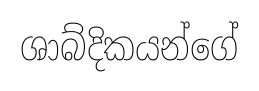
ශාබ්දිකයන්ගේ